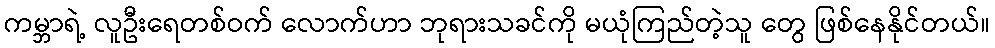
ကမ္ဘာရဲ့ လူဦးရေတစ်ဝက် လောက်ဟာ ဘုရားသခင်ကို မယုံကြည်တဲ့သူ တွေ ဖြစ်နေနိုင်တယ်။